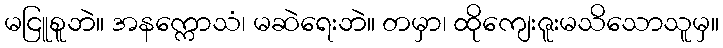
မငြူစူဘဲ။ အနက္ကောသံ၊ မဆဲရေးဘဲ။ တမှာ၊ ထိုကျေးဇူးမသိသောသူမှ။